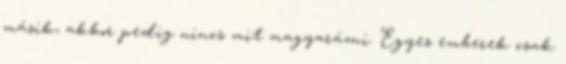
másik, akkor pedig nincs mit magyarázni. Egyes emberek csak